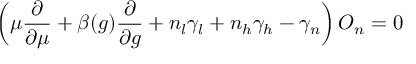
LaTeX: \left( \mu \frac { \partial } { \partial \mu } + \beta ( g ) \frac { \partial } { \partial g } + n _ { l } \gamma _ { l } + n _ { h } \gamma _ { h } - \gamma _ { n } \right) { \cal O } _ { n } = 0